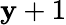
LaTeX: \mathbf{y}+1